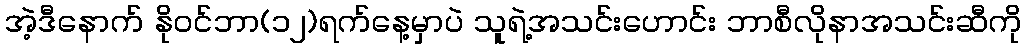
အဲ့ဒီနောက် နိုဝင်ဘာ(၁၂)ရက်နေ့မှာပဲ သူရဲ့အသင်းဟောင်း ဘာစီလိုနာအသင်းဆီကို